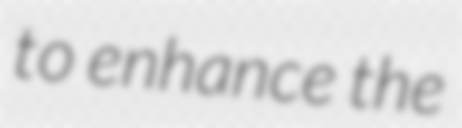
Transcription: to enhance the